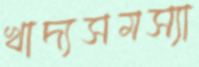
খাদ্যসমস্যা